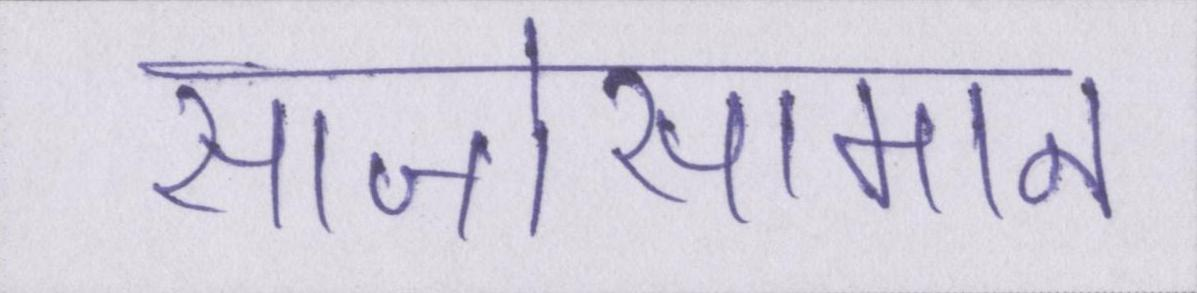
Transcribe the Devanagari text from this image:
साजोसामान